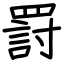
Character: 罸